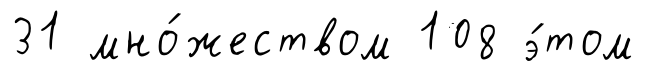
31 мно́жеством 108 э́том